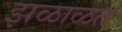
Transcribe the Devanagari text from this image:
झळाळत